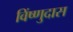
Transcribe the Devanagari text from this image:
विंष्णुदास